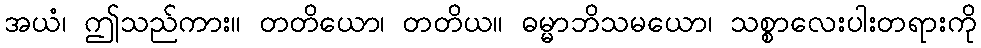
အယံ၊ ဤသည်ကား။ တတိယော၊ တတိယ။ ဓမ္မာဘိသမယော၊ သစ္စာလေးပါးတရားကို